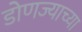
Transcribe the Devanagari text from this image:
डोणज्याच्या